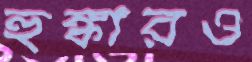
হুঙ্কারও